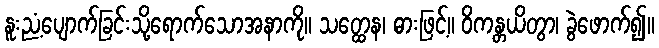
နူးညံ့ပျောက်ခြင်းသို့ရောက်သောအနာကို။ သတ္ထေန၊ ဓားဖြင့်။ ဝိကန္တယိတွာ၊ ခွဲဖောက်၍။